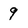
Character: 9